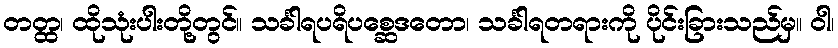
တတ္ထ၊ ထိုသုံးပါးတို့တွင်။ သင်္ခါရပရိပစ္ဆေဒတော၊ သင်္ခါရတရားကို ပိုင်းခြားသည်မှ။ ဝါ၊